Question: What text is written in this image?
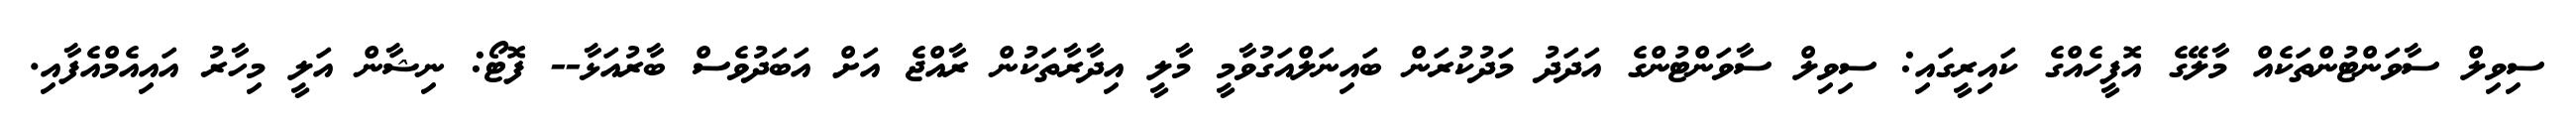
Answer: ސިވިލް ސާވަންޓުންތަކެއް މާލޭގެ އޮފީހެއްގެ ކައިރީގައި: ސިވިލް ސާވަންޓުންގެ އަދަދު މަދުކުރަން ބައިނަލްއަގުވާމީ މާލީ އިދާރާތަކުން ރާއްޖެ އަށް އަބަދުވެސް ބާރުއަޅާ-- ފޮޓޯ: ނިޝާން އަލީ މިހާރު އައިއެމްއެފާއި.